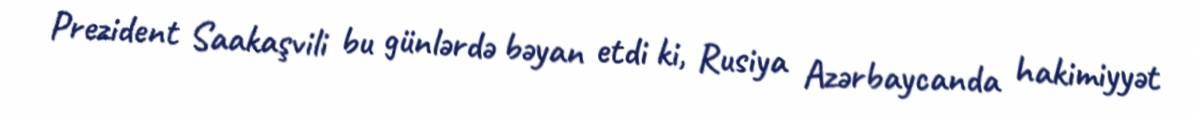
Prezident Saakaşvili bu günlərdə bəyan etdi ki, Rusiya Azərbaycanda hakimiyyət